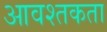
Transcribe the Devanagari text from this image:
आवश्तकता